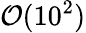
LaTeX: \mathcal{O}(10^{2})